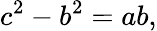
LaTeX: c^{2}-b^{2}=ab,